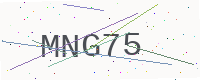
Text: MNG75